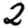
Digit: 2